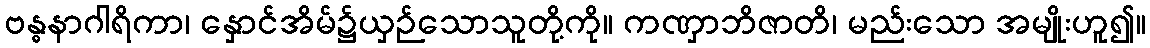
ဗန္ဓနာဂါရိကာ၊ နှောင်အိမ်၌ယှဉ်သောသူတို့ကို။ ကဏှာဘိဇာတိ၊ မည်းသော အမျိုးဟူ၍။